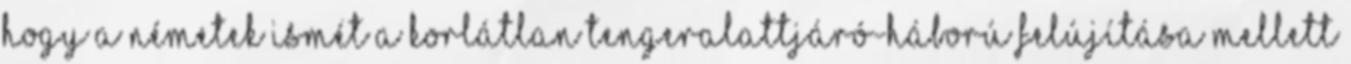
hogy a németek ismét a korlátlan tengeralattjáró-háború felújítása mellett